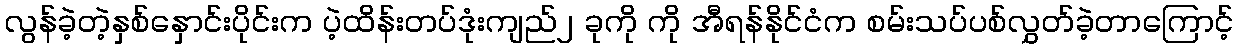
လွန်ခဲ့တဲ့နှစ်နှောင်းပိုင်းက ပဲ့ထိန်းတပ်ဒုံးကျည်၂ ခုကို ကို အီရန်နိုင်ငံက စမ်းသပ်ပစ်လွှတ်ခဲ့တာကြောင့်